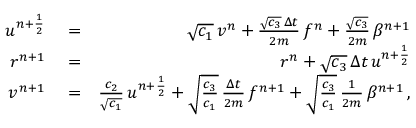
\begin{array} { r l r } { u ^ { n + \frac { 1 } { 2 } } } & { { } = } & { \sqrt { c _ { 1 } } \, v ^ { n } + \frac { \sqrt { c _ { 3 } } \, \Delta { t } } { 2 m } \, f ^ { n } + \frac { \sqrt { c _ { 3 } } } { 2 m } \, \beta ^ { n + 1 } } \\ { r ^ { n + 1 } } & { { } = } & { r ^ { n } + \sqrt { c _ { 3 } } \, \Delta { t } \, u ^ { n + \frac { 1 } { 2 } } } \\ { v ^ { n + 1 } } & { { } = } & { \frac { c _ { 2 } } { \sqrt { c _ { 1 } } } \, u ^ { n + \frac { 1 } { 2 } } + \sqrt { \frac { c _ { 3 } } { c _ { 1 } } } \, \frac { \Delta { t } } { 2 m } \, f ^ { n + 1 } + \sqrt { \frac { c _ { 3 } } { c _ { 1 } } } \, \frac { 1 } { 2 m } \, \beta ^ { n + 1 } \, , } \end{array}